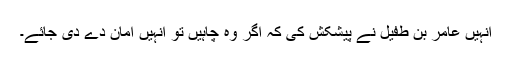
انہیں عامر بن طفیل نے پیشکش کی کہ اگر وہ چاہیں تو انہیں امان دے دی جائے۔